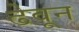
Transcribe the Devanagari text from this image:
ढेवून